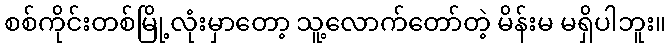
စစ်ကိုင်းတစ်မြို့လုံးမှာတော့ သူ့လောက်တော်တဲ့ မိန်းမ မရှိပါဘူး။